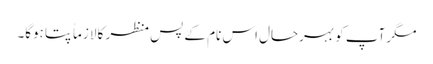
مگر آپ کو بہرحال اس نام کے پس منظر کا لازماً پتا ہوگا۔